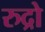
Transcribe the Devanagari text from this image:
रुद्रो